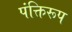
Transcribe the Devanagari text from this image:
पंक्तिरूप